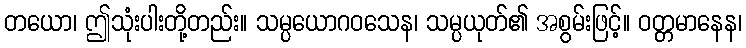
တယော၊ ဤသုံးပါးတို့တည်း။ သမ္ပယောဂဝသေန၊ သမ္ပယုတ်၏ အစွမ်းဖြင့်။ ဝတ္တမာနေန၊